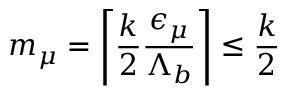
m _ { \mu } = \left\lceil \frac { k } { 2 } \frac { { \epsilon } _ { \mu } } { { \Lambda } _ { b } } \right\rceil \leq \frac { k } { 2 }